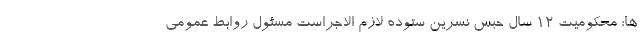
ها: محکومیت ١٢ سال حبس نسرین ستوده لازم الاجراست مسئول روابط عمومی